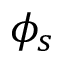
\phi _ { s }